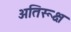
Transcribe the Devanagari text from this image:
अतिरूक्ष